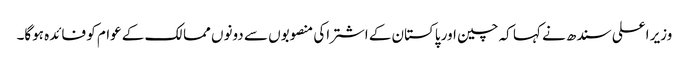
وزیر اعلی سندھ نے کہا کہ چین اور پاکستان کے اشتراکی منصوبوں سے دونوں ممالک کے عوام کو فائدہ ہوگا۔